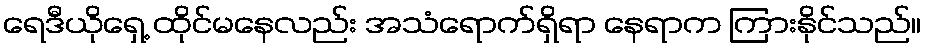
ရေဒီယိုရှေ့ ထိုင်မနေလည်း အသံရောက်ရှိရာ နေရာက ကြားနိုင်သည်။